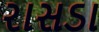
રાસડા